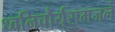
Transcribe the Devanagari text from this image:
ध्वनिचौर्यसमजले